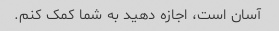
آسان است، اجازه دهید به شما کمک کنم.